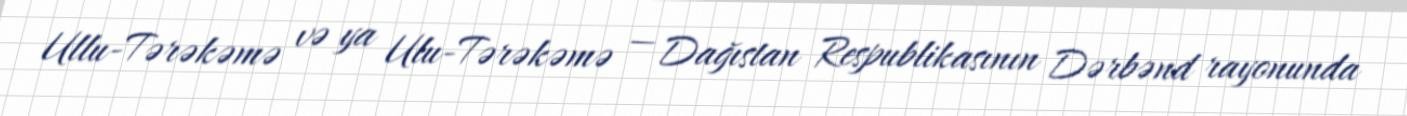
Ullu-Tərəkəmə və ya Ulu-Tərəkəmə — Dağıstan Respublikasının Dərbənd rayonunda